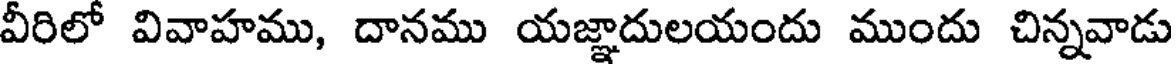
వీరిలో వివాహము, దానము యజ్ఞాదులయందు ముందు చిన్నవాడు